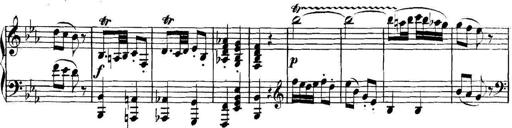
Title: Collected Piano Sonatas
Composer: Muzio Clementi